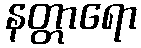
နတ္တာရော